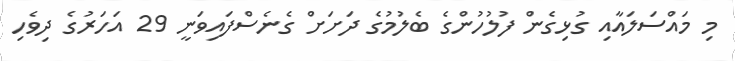
މި މައްސަލައާއި ގުޅިގެން ފުލުހުންގެ ބެލުމުގެ ދަށަށް ގެނެސްފައިވަނީ 29 އަހަރުގެ ދިވެހި